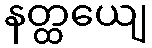
နတ္ထယျေ